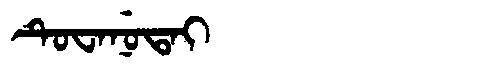
Manchu: ᡨᡠᠸᠠᠨᡠᡨᠠᡳ
Romanization: TUWANUTAI